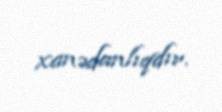
xanədanlıqdır.